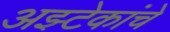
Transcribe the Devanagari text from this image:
अझ्टेकांचे